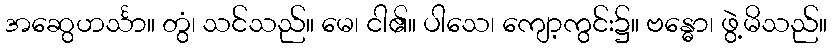
အဆွေဟင်္သာ။ တွံ၊ သင်သည်။ မေ၊ ငါ၏။ ပါသေ၊ ကျော့ကွင်း၌။ ဗန္ဓော၊ ဖွဲ့မိသည်။